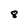
Character: 8